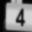
Digit: 4